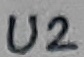
Text: U2